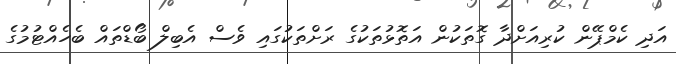
އަދި ކެމްޕޭން ކުރިއަށްދާ ގޮތަކުން އަތޮޅުތަކުގެ ރަށްތަކުގައި ވެސް އެބިލް ބޯޑްތައް ބެހެއްޓުމުގެ